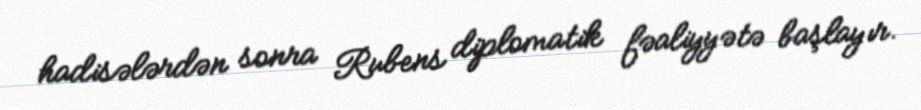
hadisələrdən sonra Rubens diplomatik fəaliyyətə başlayır.